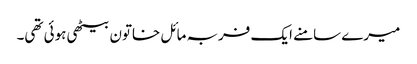
میرے سامنے ایک فربہ مائل خاتون بیٹھی ہوئی تھی۔